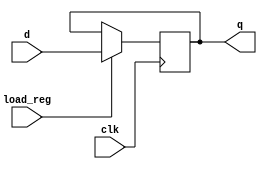
module register #(parameter SIZE = 8) (
        input clk,
        input load_reg,
        input [SIZE-1:0] d,
        output [SIZE-1:0] q
);

    reg [SIZE-1:0] mem;

    assign q = mem;

    initial begin
        mem <= 0;
    end

    always @ (posedge clk) begin
        if (load_reg) begin
            mem <= d;
        end else begin
            mem <= mem;
        end
    end

endmodule